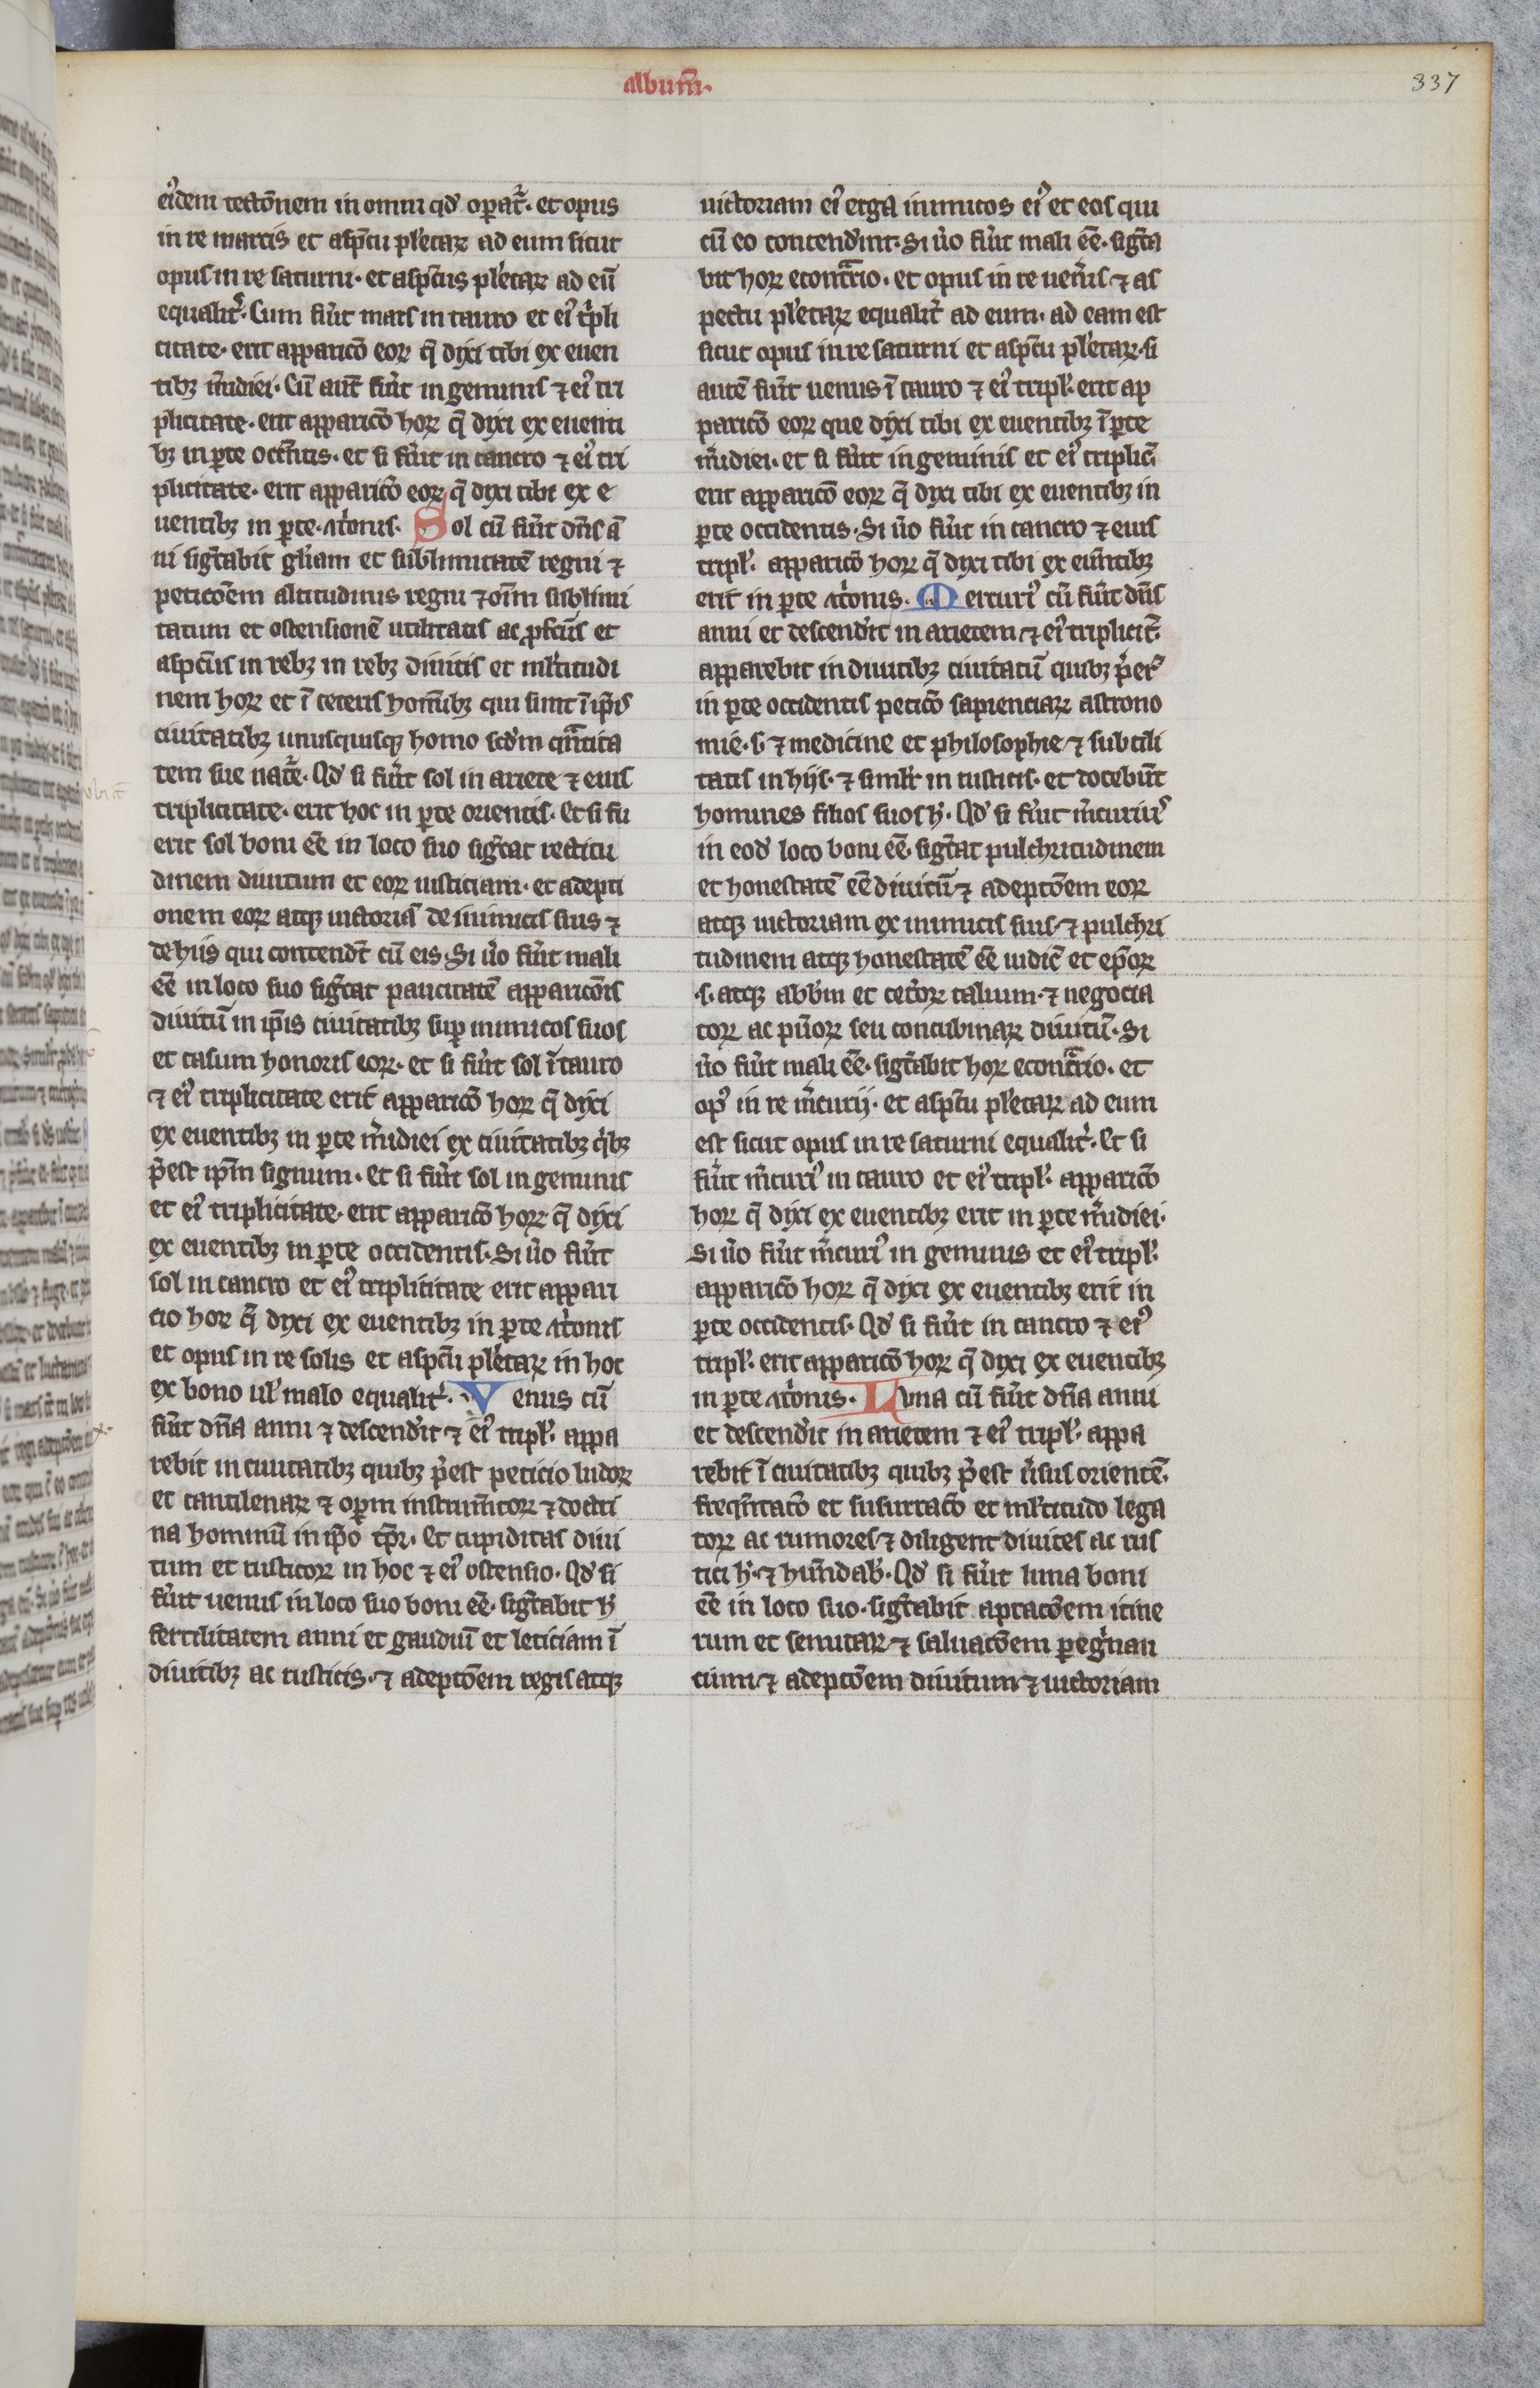
Shelfmark: Paris, BnF, lat. 16204
Century: 13